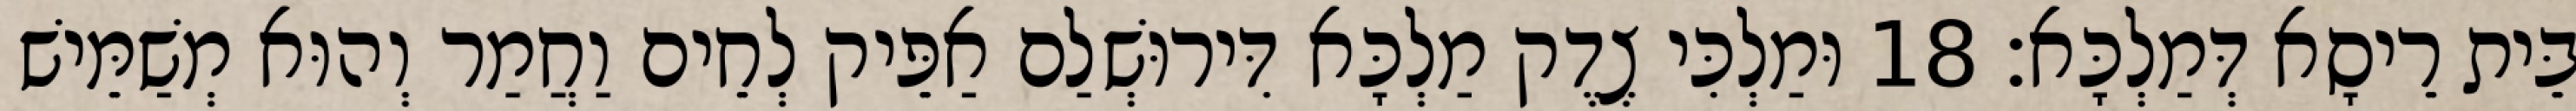
בֵּית רֵיסָא דְּמַלְכָּא׃ 18 וּמַלְכִּי צֶדֶק מַלְכָּא דִּירוּשְׁלַם אַפֵּיק לְחֵים וַחֲמַר וְהוּא מְשַׁמֵּישׁ